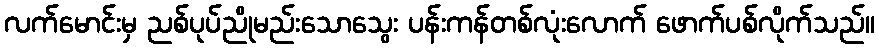
လက်မောင်းမှ ညစ်ပုပ်ညိုမည်းသောသွေး ပန်းကန်တစ်လုံးလောက် ဖောက်ပစ်လိုက်သည်။